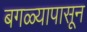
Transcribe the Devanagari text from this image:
बगळ्यापासून